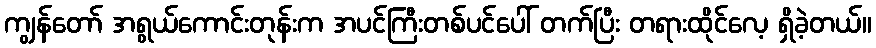
ကျွန်တော် အရွယ်ကောင်းတုန်းက အပင်ကြီးတစ်ပင်ပေါ် တက်ပြီး တရားထိုင်လေ့ ရှိခဲ့တယ်။